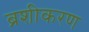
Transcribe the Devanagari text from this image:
ब्रशीकरण